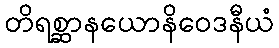
တိရစ္ဆာနယောနိဝေဒနီယံ